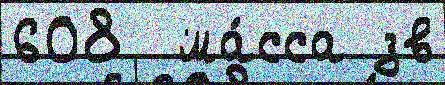
608  ма́сса зв